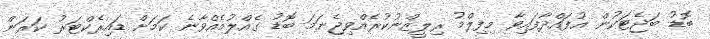
ބޮޑު ބަޖެޓަކުން އުފައްދާފައިވާ މިފިލްމު ރިލީޒްނުކުރެއްވިޖެނަމަ ބޮޑު ގެއްލުމެއްވާނެ ކަމަށް ޑައިރެކްޓަރު ކަރަން